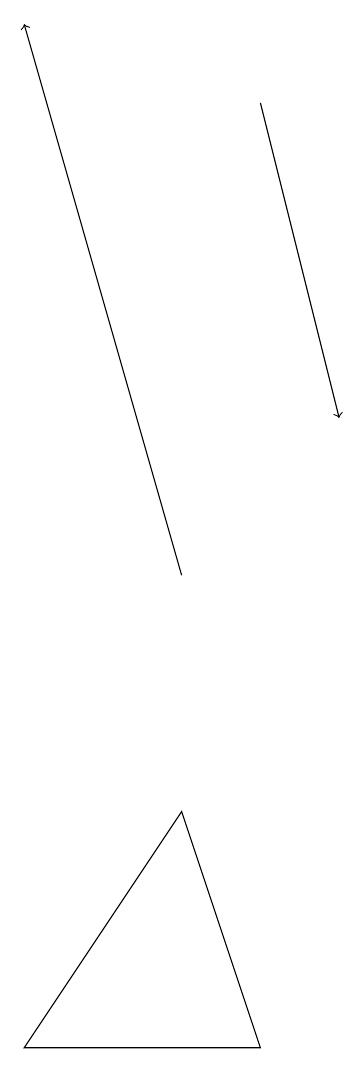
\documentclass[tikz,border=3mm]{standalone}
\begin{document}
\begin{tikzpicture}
\draw[->] (7,12) -- (5,19);
\draw (7,9) -- (5,6) -- (8,6) -- cycle;
\draw[->] (8,18) -- (9,14);
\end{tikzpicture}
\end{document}